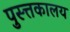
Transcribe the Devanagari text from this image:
पुस्त्तकालय